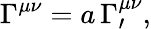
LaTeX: \Gamma^{\mu\nu}=a\, \Gamma_{\prime}^{\mu\nu},